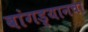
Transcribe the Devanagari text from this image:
बांगड्यानचा